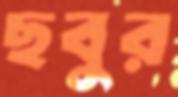
ছবুর